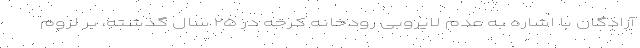
آزادگان با اشاره به عدم لایروبی رودخانه کرخه در ۲۵ سال گذشته، بر لزوم